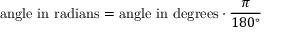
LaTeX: { \mathrm { a n g l e ~ i n ~ r a d i a n s } } = { \mathrm { a n g l e ~ i n ~ d e g r e e s } } \cdot { \frac { \pi } { 1 8 0 ^ { \circ } } }